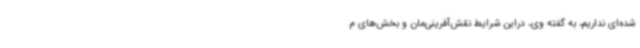
شده‌ای نداریم، به گفته وی، دراین شرایط نقش‌آفرینی‌مان و بخش‌های م